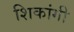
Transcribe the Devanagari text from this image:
शिकांगी